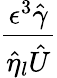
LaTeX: \frac{\epsilon^{3}\hat{\gamma}}{\hat{\eta}_{l}\hat{U}}